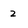
Character: 2